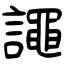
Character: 譝